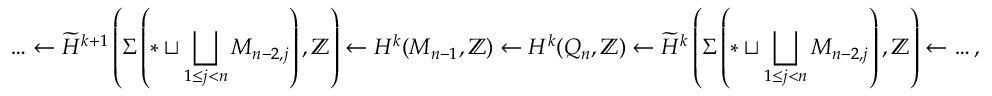
{ { \ldots \leftarrow \widetilde { H } ^ { k + 1 } \left( \Sigma \left( * \sqcup \bigsqcup _ { 1 \leq j < n } M _ { n - 2 , j } \right) , \mathbb Z \right) \leftarrow H ^ { k } ( M _ { n - 1 } , \mathbb Z ) \leftarrow H ^ { k } ( { Q } _ { n } , \mathbb Z ) \leftarrow \widetilde { H } ^ { k } \left( \Sigma \left( * \sqcup \bigsqcup _ { 1 \leq j < n } M _ { n - 2 , j } \right) , \mathbb Z \right) \leftarrow \ldots , } }